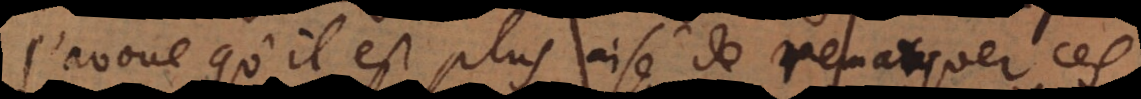
j’avoue qu’il est plus aisé de remarquer ces